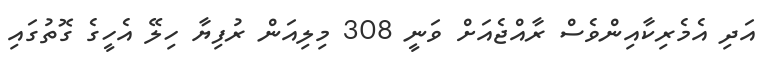
އަދި އެމެރިކާއިންވެސް ރާއްޖެއަށް ވަނީ 308 މިލިއަން ރުފިޔާ ހިލޭ އެހީގެ ގޮތުގައި